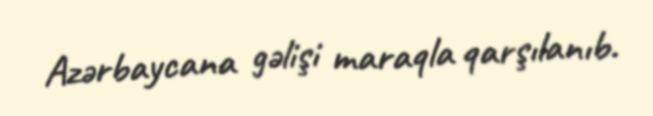
Azərbaycana gəlişi maraqla qarşılanıb.